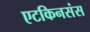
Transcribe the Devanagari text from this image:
एटकिनसंस